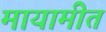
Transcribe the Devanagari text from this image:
मायामीत